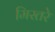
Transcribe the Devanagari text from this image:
मिस्तरे